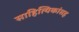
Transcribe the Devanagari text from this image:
साहित्यिकांसह